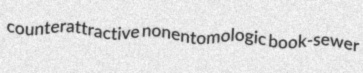
counterattractive nonentomologic book-sewer